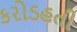
કરોડહતી